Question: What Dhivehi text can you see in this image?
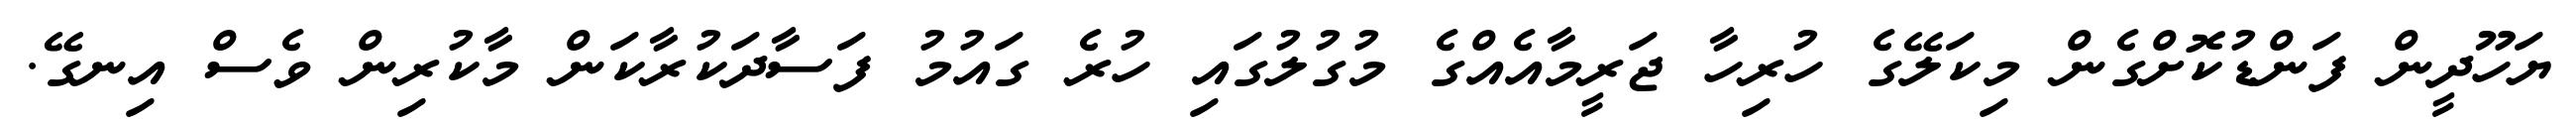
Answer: ޔަހޫދީން ފަންޑުކޮށްގެން މިކަލޭގެ ހުރިހާ ޖަރީމާއެއްގެ މުގުލުގައި ހުރެ ގައުމު ފަސާދަކުރާކަން މާކުރިން ވެސް އިނގޭ.